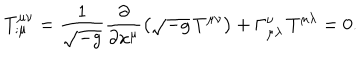
T _ { ; \mu } ^ { \mu \nu } = \frac { 1 } { \sqrt { - g } } \frac { \partial } { \partial x ^ { \mu } } \left( \sqrt { - g } \, T ^ { \mu \nu } \right) + \Gamma _ { \mu \lambda } ^ { \nu } \, T ^ { \mu \lambda } = 0 .